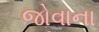
જોવાના